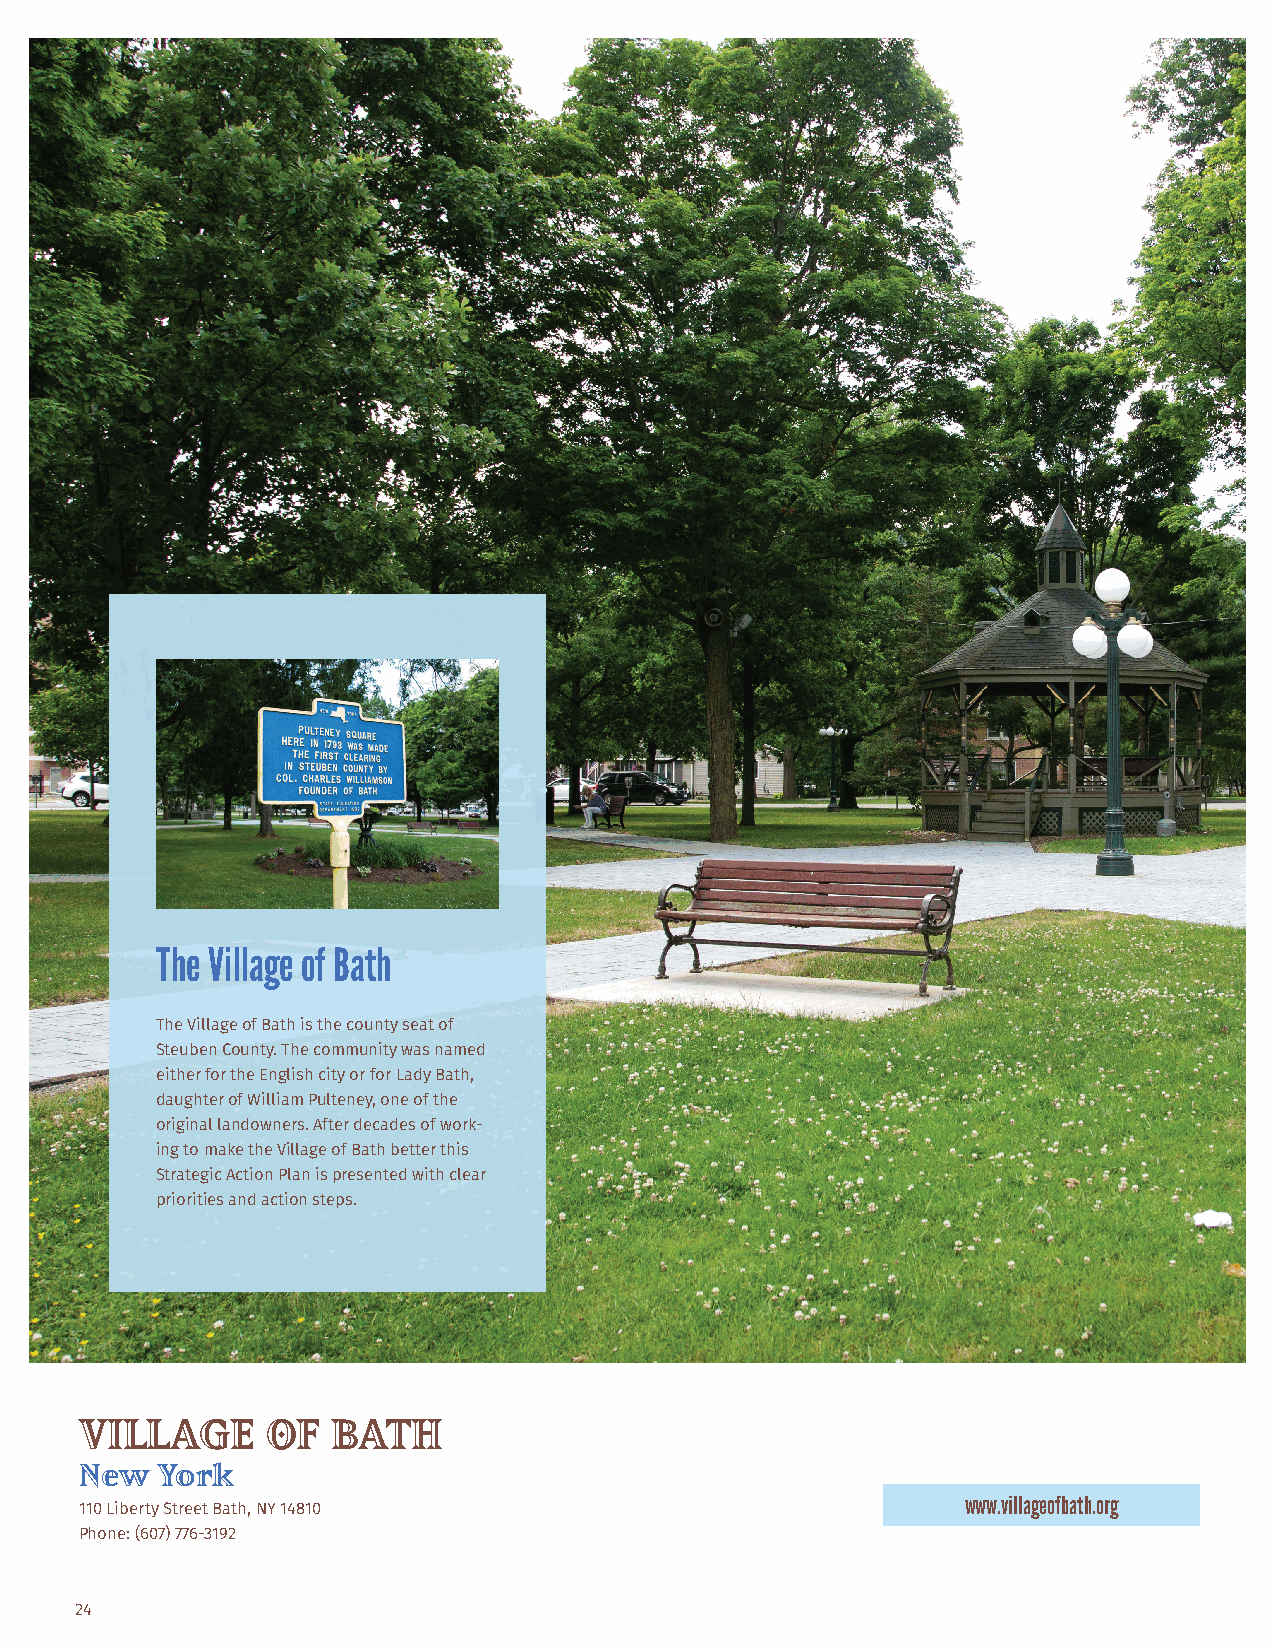
The Village of Bath
 The Village of Bath is the county seat of
 Steuben County. The community was named
 either for the English city or for Lady Bath,
 daughter of William Pulteney, one of the
 original landowners. After decades of work-
 ing to make the Village of Bath better this
 Strategic Action Plan is presented with clear
 priorities and action steps.
 VILLAGE      OF  BATH
 New  York
 www.villageofbath.org
 110 Liberty Street Bath, NY 14810
 Phone: (607) 776-3192
 24